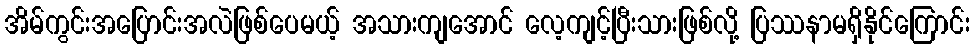
အိမ်ကွင်းအပြောင်းအလဲဖြစ်ပေမယ့် အသားကျအောင် လေ့ကျင့်ပြီးသားဖြစ်လို့ ပြဿနာမရှိနိုင်ကြောင်း